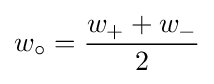
w_{\circ }={\frac {w_{+}+w_{-}}{2}}